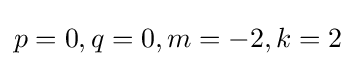
p=0,q=0,m=-2,k=2